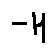
- H